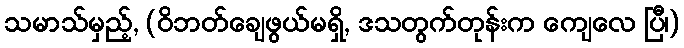
သမာသ်မှည့်, (ဝိဘတ်ချေဖွယ်မရှိ, ဒသတွက်တုန်းက ကျေလေ ပြီ၊)